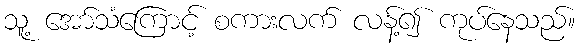
သူ့ အော်သံကြောင့် စကားလက် လန့်၍ ကုပ်နေသည်။